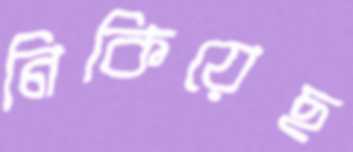
নিকিয়েছ